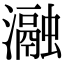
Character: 瀜